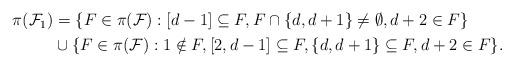
LaTeX: \begin{align*}\begin{aligned}\pi(\mathcal F_1)&=\{F\in\pi(\mathcal F):[d-1]\subseteq F,F\cap\{d,d+1\}\neq\emptyset,d+2\in F\}\\&\cup\{F\in\pi(\mathcal F):1\notin F,[2,d-1]\subseteq F,\{d,d+1\}\subseteq F,d+2\in F\}.\end{aligned}\end{align*}